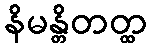
နိမန္တိတတ္ထ